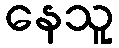
နေသူ